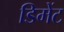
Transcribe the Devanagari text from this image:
डिमेंट